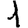
Digit: 1